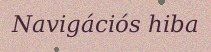
Navigációs hiba